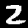
Digit: 2